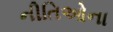
નીતિઓના